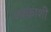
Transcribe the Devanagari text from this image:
नक्क़ाशी